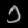
Digit: ၁